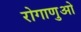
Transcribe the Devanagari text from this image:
रोगाणुओ